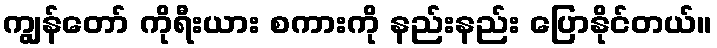
ကျွန်တော် ကိုရီးယား စကားကို နည်းနည်း ပြောနိုင်တယ်။